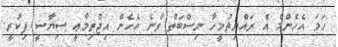
ހަމަ އެހެންމެ އެ ރައްޔިތުމީހާ ނިސްބަތް ވާނެ އެހެން އިޖްތިމާޢީ ސިޔާސީ ފިކުރީ